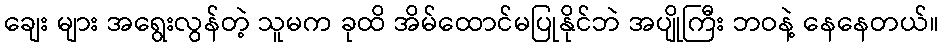
ချေး များ အရွေးလွန်တဲ့ သူမက ခုထိ အိမ်ထောင်မပြုနိုင်ဘဲ အပျိုကြီး ဘဝနဲ့ နေနေတယ်။